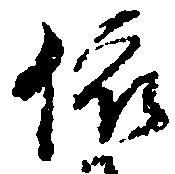
依